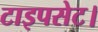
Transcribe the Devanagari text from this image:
टाइपसेट।